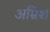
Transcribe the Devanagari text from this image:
अम्रिश